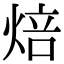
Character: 焙